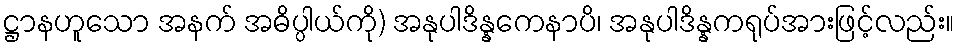
ဋ္ဌာနဟူသော အနက် အဓိပ္ပါယ်ကို) အနုပါဒိန္နကေနာပိ၊ အနုပါဒိန္နကရုပ်အားဖြင့်လည်း။